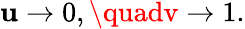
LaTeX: \mathbf{u}\rightarrow0,\quadv\rightarrow1.